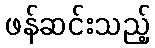
ဖန်ဆင်းသည့်